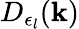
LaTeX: D_{\epsilon_{l}}(\mathbf{k})